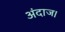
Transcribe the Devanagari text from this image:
अंदाज।